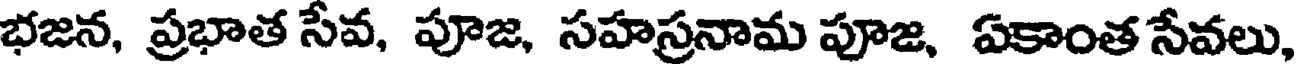
భజన, ప్రభాత సేవ, పూజ, సహస్రనామ పూజ, పకాంత సేవలు,